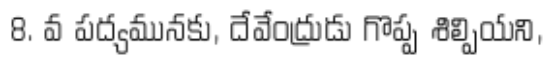
8. వ పద్యమునకు, దేవేంద్రుడు గొప్ప శిల్పియని,